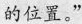
的位置。